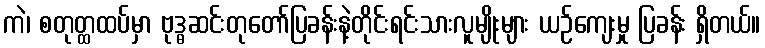
ကဲ၊ စတုတ္ထထပ်မှာ ဗုဒ္ဓဆင်းတုတော်ပြခန်းနဲ့တိုင်းရင်းသားလူမျိုးများ ယဉ်ကျေးမှု ပြခန်း ရှိတယ်။